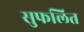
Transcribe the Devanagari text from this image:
सुफलित